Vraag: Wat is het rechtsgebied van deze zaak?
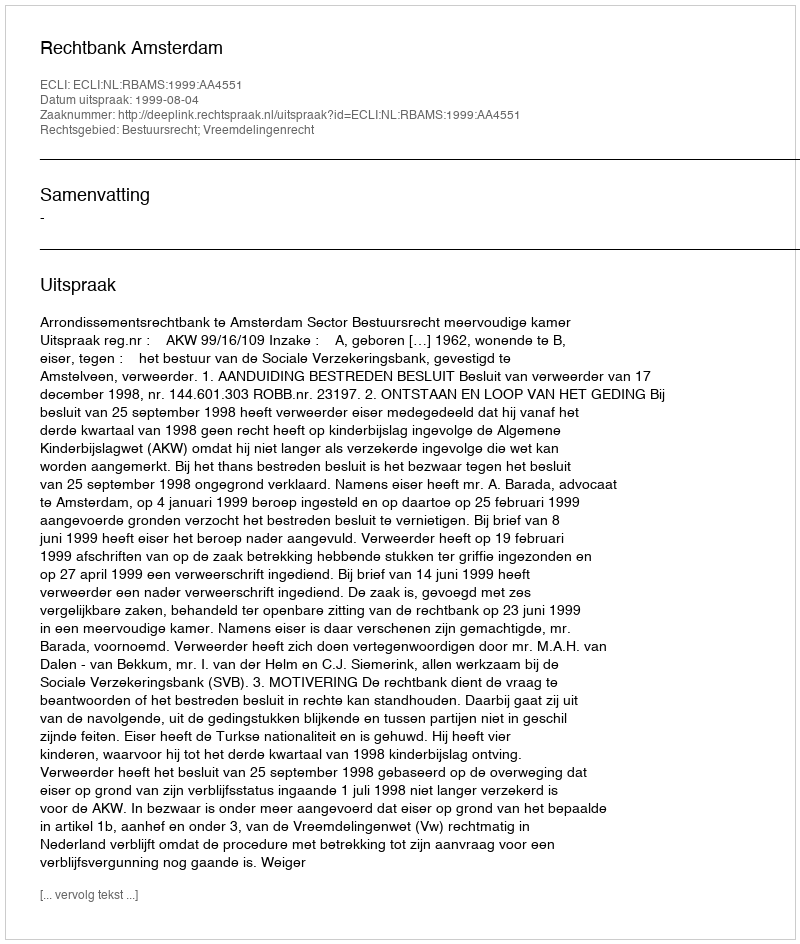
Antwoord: Bestuursrecht; Vreemdelingenrecht